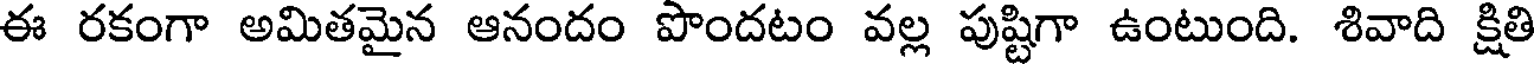
ఈ రకంగా అమితమైన ఆనందం పొందటం వల్ల పుష్టిగా ఉంటుంది. శివాది క్షితి